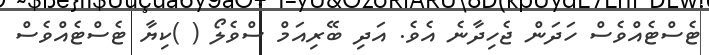
ޓެސްޓެއްވެސް ހަދަން ޖެހިދާނެ އެވެ. އަދި ބޭރިއަމް ސްވެލޯ ( )ކިޔާ ޓެސްޓެއްވެސް